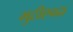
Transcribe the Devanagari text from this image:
मुठीएवढा